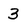
Character: 3